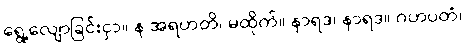
ရွေ့လျောခြင်းငှာ။ န အရဟတိ၊ မထိုက်။ နာရဒ၊ နာရဒ။ ဂဟပတံ၊